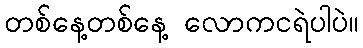
တစ်နေ့တစ်နေ့ လောကငရဲပါပဲ။